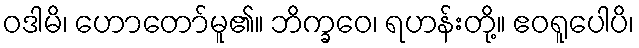
ဝဒါမိ၊ ဟောတော်မူ၏။ ဘိက္ခဝေ၊ ရဟန်းတို့။ ဧဝရူပေါပိ၊